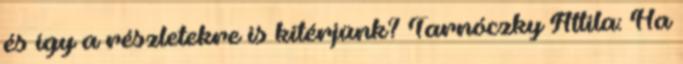
és így a részletekre is kitérjünk? Tarnóczky Attila: Ha